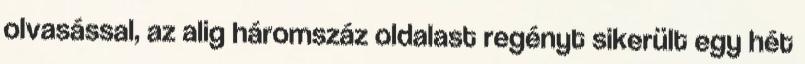
olvasással, az alig háromszáz oldalast regényt sikerült egy hét